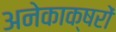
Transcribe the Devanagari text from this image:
अनेकाक्षरों